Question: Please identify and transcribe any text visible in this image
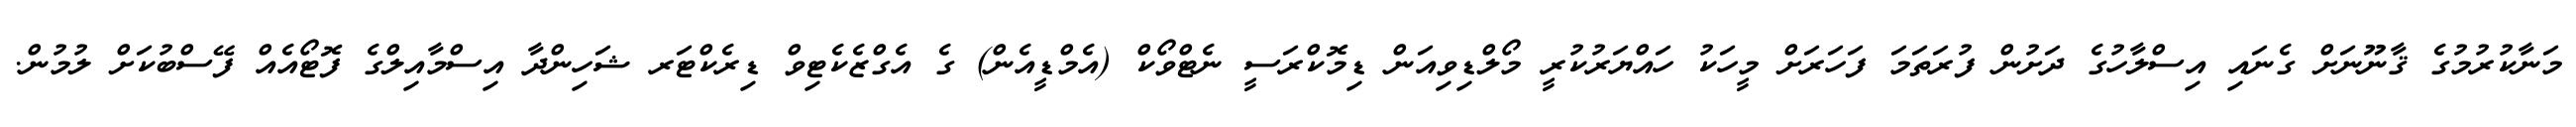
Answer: މަނާކުރުމުގެ ޤާނޫނަށް ގެނައި އިސްލާހުގެ ދަށުން ފުރަތަމަ ފަހަރަށް މީހަކު ހައްޔަރުކުރީ މޯލްޑިވިއަން ޑިމޮކްރަސީ ނެޓްވޯކް (އެމްޑީއެން) ގެ އެގްޒެކެޓިވް ޑިރެކްޓަރ ޝަހިންދާ އިސްމާއިލްގެ ފޮޓޯއެއް ފޭސްބުކަށް ލުމުން.